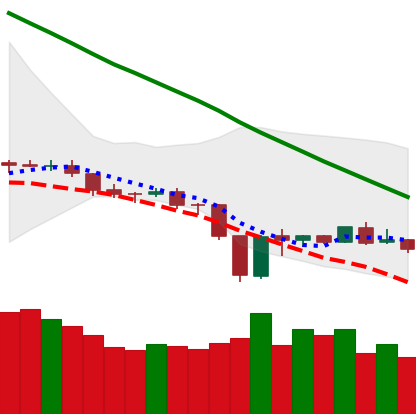
Ticker: BNB-USD
Chart end date: 2019-12-25
Forward return: 5.864%
Label: up_5_7